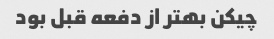
چیکن بهتر از دفعه قبل بود